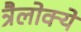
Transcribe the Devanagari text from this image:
त्रैलोक्ये